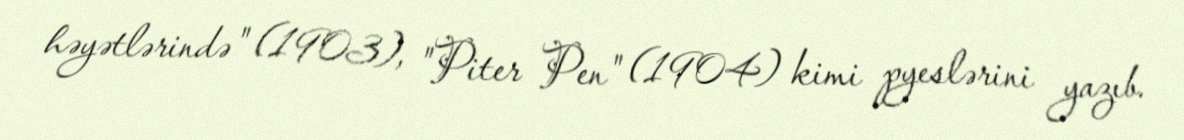
həyətlərində" (1903), "Piter Pen" (1904) kimi pyeslərini yazıb.